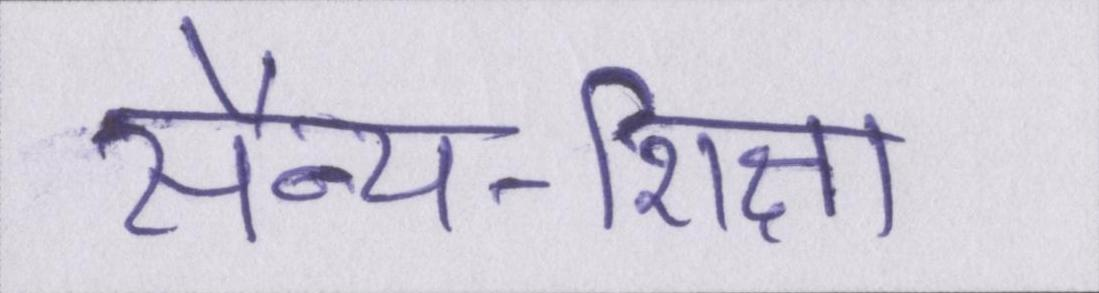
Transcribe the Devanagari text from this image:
सैन्य-शिक्षा